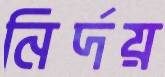
নির্দয়